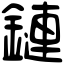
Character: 鏈